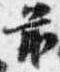
前